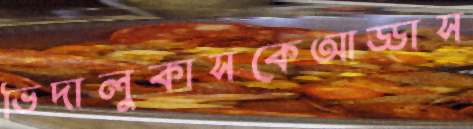
ভিদালুকাসকেআড্ডাস